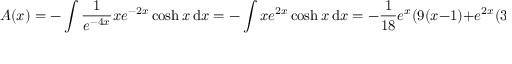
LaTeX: A ( x ) = - \int { \frac { 1 } { e ^ { - 4 x } } } x e ^ { - 2 x } \cosh x \, \mathrm { d } x = - \int x e ^ { 2 x } \cosh x \, \mathrm { d } x = - { \frac { 1 } { 1 8 } } e ^ { x } ( 9 ( x - 1 ) + e ^ { 2 x } ( 3 x - 1 ) ) + C _ { 1 }